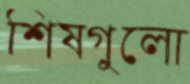
শিষগুলো